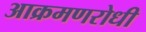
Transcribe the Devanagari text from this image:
आक्रमणरोधी